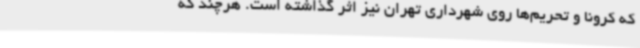
که کرونا و تحریم‌ها روی شهرداری تهران نیز اثر گذاشته است. هرچند که